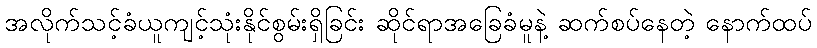
အလိုက်သင့်ခံယူကျင့်သုံးနိုင်စွမ်းရှိခြင်း ဆိုင်ရာအခြေခံမူနဲ့ ဆက်စပ်နေတဲ့ နောက်ထပ်